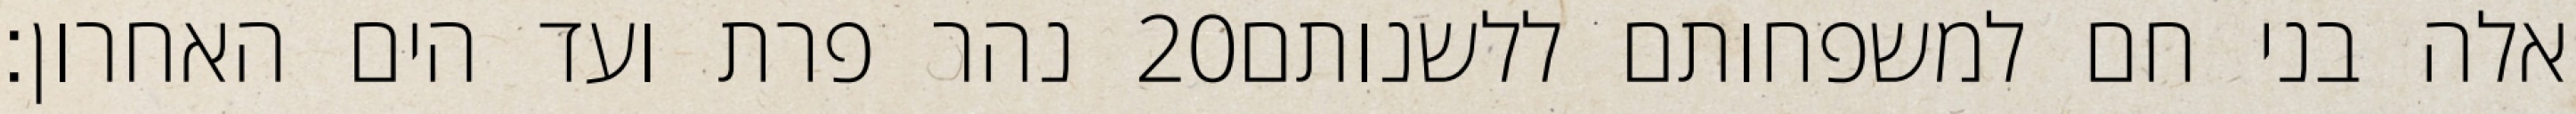
נהר פרת ועד הים האחרון׃ ‎20‏ אלה בני חם למשפחותם ללשנותם